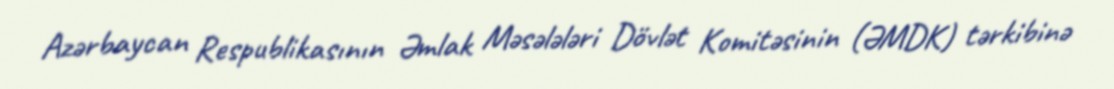
Azərbaycan Respublikasının Əmlak Məsələləri Dövlət Komitəsinin (ƏMDK) tərkibinə